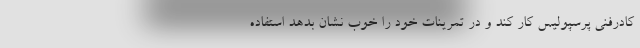
کادرفنی پرسپولیس کار کند و در تمرینات خود را خوب نشان بدهد استفاده